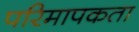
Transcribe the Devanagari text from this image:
परिमापकता